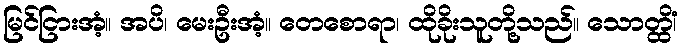
မြင်ငြားအံ့။ အပိ၊ မေးဦးအံ့။ တေစောရာ၊ ထိုခိုးသူတို့သည်။ သောတ္ထိံ၊